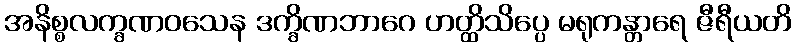
အနိစ္စလက္ခဏဝသေန ဒက္ခိဏဘာဂေ ဟတ္ထိသိပ္ပေ မရုကန္တာရေ ဇီရီယတိ